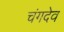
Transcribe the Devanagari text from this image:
चंगदेव